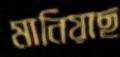
মানিয়াছ